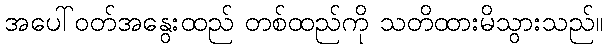
အပေါ်ဝတ်အနွေးထည် တစ်ထည်ကို သတိထားမိသွားသည်။